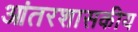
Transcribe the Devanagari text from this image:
आंतरशासकीय